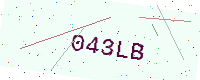
Text: 043LB